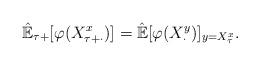
LaTeX: \begin{align*}\hat{\mathbb{E}}_{\tau+}[\varphi(X^x_{\tau+\cdot})]=\hat{\mathbb{E}}[ \varphi(X^y_\cdot)]_{y=X^x_{\tau}}.\end{align*}